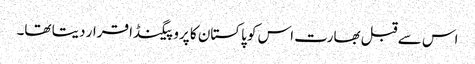
اس سے قبل بھارت اس کو پاکستان کا پروپیگنڈا قرار دیتا تھا۔